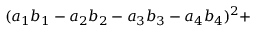
( a _ { 1 } b _ { 1 } - a _ { 2 } b _ { 2 } - a _ { 3 } b _ { 3 } - a _ { 4 } b _ { 4 } ) ^ { 2 } +